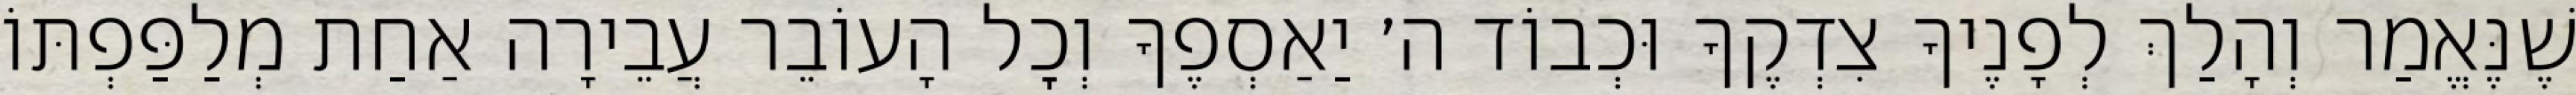
שֶׁנֶּאֱמַר וְהָלַךְ לְפָנֶיךָ צִדְקֶךָ וּכְבוֹד ה׳ יַאַסְפֶךָ וְכׇל הָעוֹבֵר עֲבֵירָה אַחַת מְלַפַּפְתּוֹ